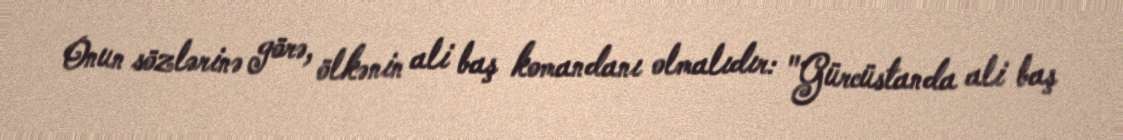
Onun sözlərinə görə, ölkənin ali baş komandanı olmalıdır: "Gürcüstanda ali baş